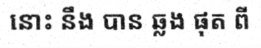
នោះ នឹង បាន ឆ្លង ផុត ពី